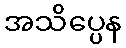
အသိပ္ပေန